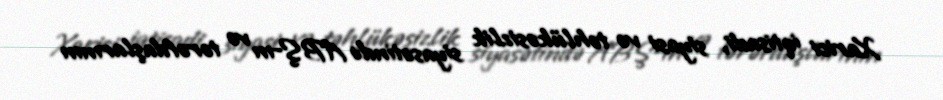
Xarici iqtisadi, siyasi və təhlükəsizlik siyasətində ABŞ-ın və tərəfdaşlarının